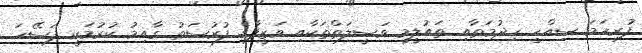
ފުރިހަމަ ސިއްހީ ހިދުމަތާއި ތައުލީމީ ވަސީލަތްތަކާއި ވަޒީފާގެ ފުރުސަތު ގާއިމު ކުރުމަކީ ފަސޭހަ